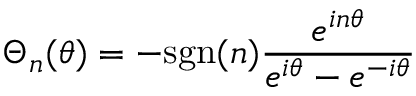
{ \Theta } _ { n } ( \theta ) = - \mathrm { s g n } ( n ) \frac { e ^ { i n { \theta } } } { e ^ { i { \theta } } - e ^ { - i { \theta } } }